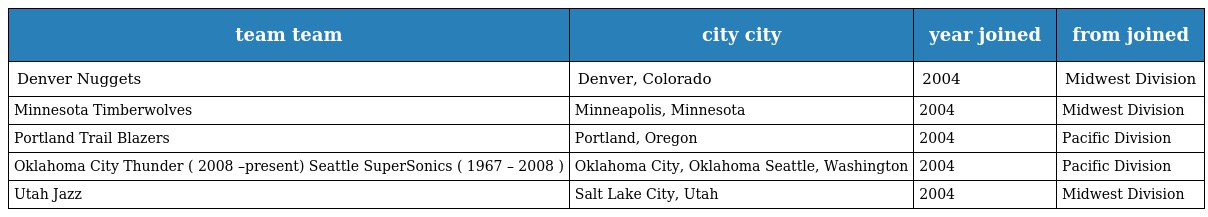
| team team | city city | year joined | from joined |
 | --- | --- | --- | --- |
 | Denver Nuggets | Denver, Colorado | 2004 | Midwest Division |
 | Minnesota Timberwolves | Minneapolis, Minnesota | 2004 | Midwest Division |
 | Portland Trail Blazers | Portland, Oregon | 2004 | Pacific Division |
 | Oklahoma City Thunder ( 2008 –present) Seattle SuperSonics ( 1967 – 2008 ) | Oklahoma City, Oklahoma Seattle, Washington | 2004 | Pacific Division |
 | Utah Jazz | Salt Lake City, Utah | 2004 | Midwest Division |